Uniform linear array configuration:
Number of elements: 4
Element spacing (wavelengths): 1
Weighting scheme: hamming
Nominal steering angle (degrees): -30
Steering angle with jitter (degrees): -29.243
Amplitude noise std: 0.05
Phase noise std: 0.05

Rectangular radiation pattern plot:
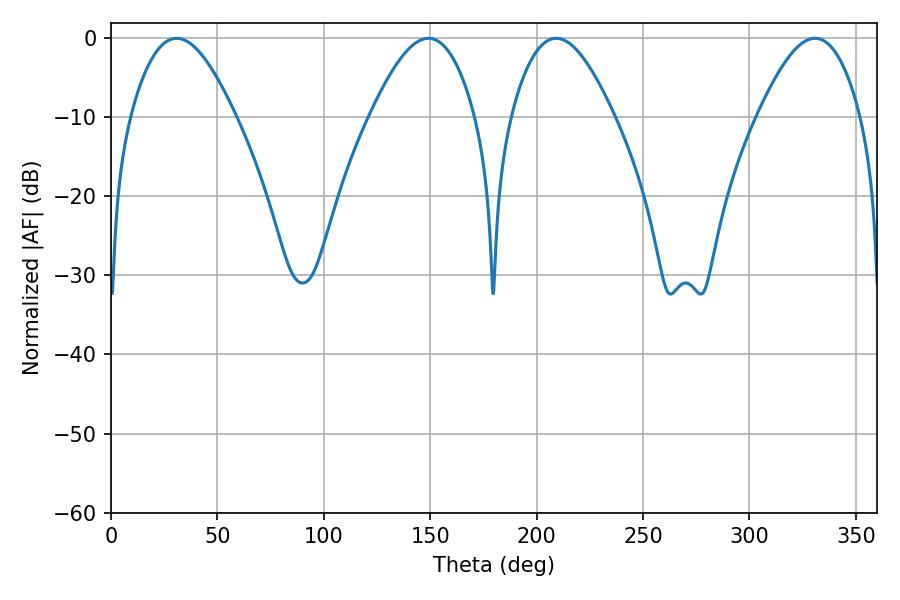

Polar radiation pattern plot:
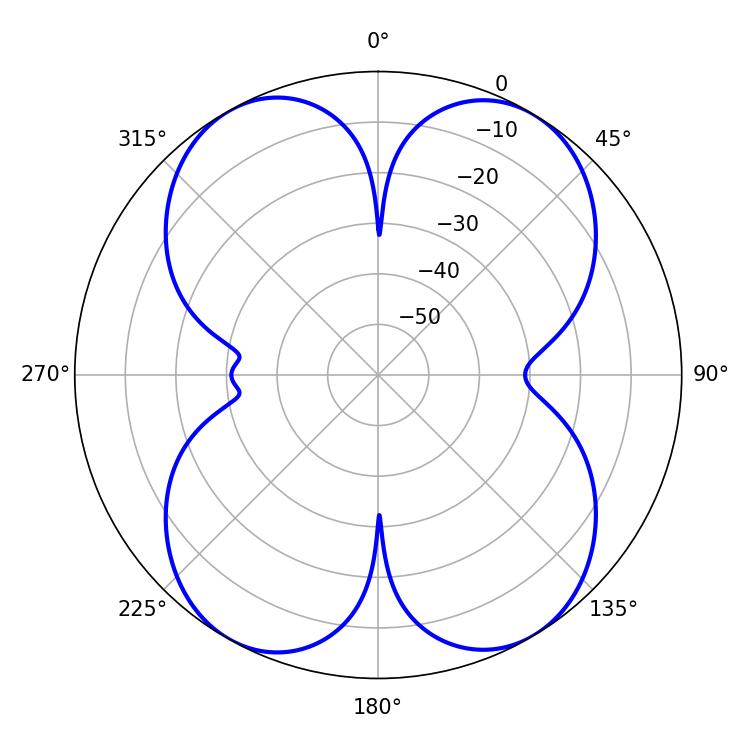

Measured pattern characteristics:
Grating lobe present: TRUE
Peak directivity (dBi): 17.748
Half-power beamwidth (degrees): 26.28
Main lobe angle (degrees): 209.16